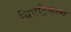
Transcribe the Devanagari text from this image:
थिएट्रिकल्स